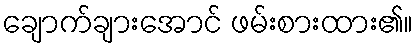
ချောက်ချားအောင် ဖမ်းစားထား၏။